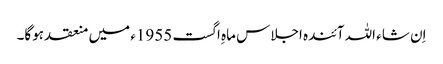
اِن شاء اللہ آئندہ اجلاس ماہِ اگست 1955ء میں منعقد ہوگا۔